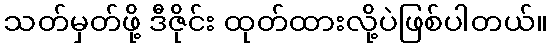
သတ်မှတ်ဖို့ ဒီဇိုင်း ထုတ်ထားလို့ပဲဖြစ်ပါတယ်။